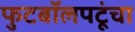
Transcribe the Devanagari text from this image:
फुटबॉलपटूंचा